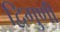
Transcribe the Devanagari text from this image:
द्विगुणी